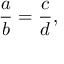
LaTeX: { \frac { a } { b } } = { \frac { c } { d } } ,